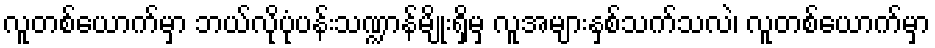
လူတစ်ယောက်မှာ ဘယ်လိုပုံပန်းသဏ္ဍာန်မျိုးရှိမှ လူအများနှစ်သက်သလဲ၊ လူတစ်ယောက်မှာ